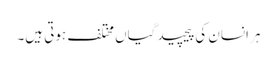
ہر انسان کی پیچیدگیاں مختلف ہوتی ہیں۔